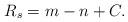
LaTeX: \begin{align*}R_{s} = m-n + C. \end{align*}